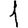
Digit: 1